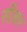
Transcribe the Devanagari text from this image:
सीबर